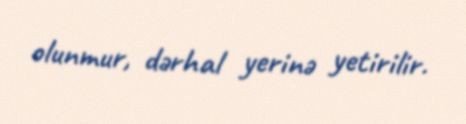
olunmur, dərhal yerinə yetirilir.